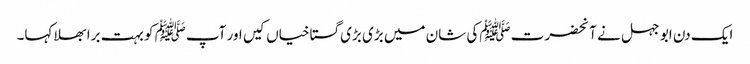
ایک دن ابو جہل نے آنحضرت ﷺکی شان میں بڑی بڑی گستاخیاں کیں اور آپﷺ کو بہت برا بھلا کہا۔